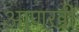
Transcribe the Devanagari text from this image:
अाणखी